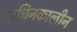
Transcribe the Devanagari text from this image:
प्राचिनकालीन